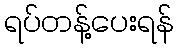
ရပ်တန့်ပေးရန်